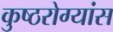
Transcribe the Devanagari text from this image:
कुष्ठरोग्यांस